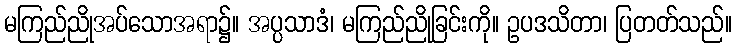
မကြည်ညိုအပ်သောအရာ၌။ အပ္ပသာဒံ၊ မကြည်ညိုခြင်းကို။ ဥပဒသိတာ၊ ပြတတ်သည်။